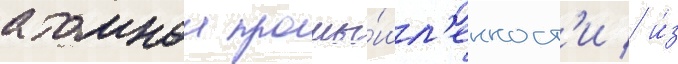
атомнои промы́шл'енност'и / и́з